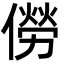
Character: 僗